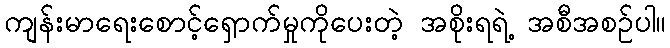
ကျန်းမာရေးစောင့်ရှောက်မှုကိုပေးတဲ့ အစိုးရရဲ့ အစီအစဉ်ပါ။